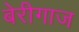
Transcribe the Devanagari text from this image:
बेरीगाज